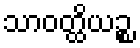
သာဝတ္ထိယဉ္စ